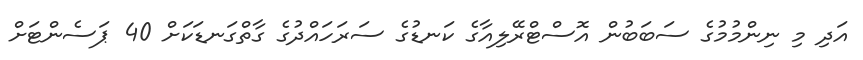
އަދި މި ނިންމުމުގެ ސަބަބުން އޮސްޓްރޭލިއާގެ ކަނޑުގެ ސަރަހައްދުގެ ގާތްގަނޑަކަށް 40 ޕަސެންޓަށް